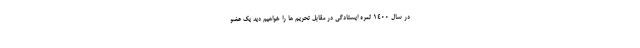
در سال ۱۴۰۰ ثمره ایستادگی در مقابل تحریم ها را خواهیم دید یک ‌عضو